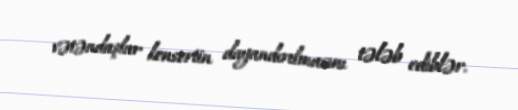
vətəndaşlar konsertin dayandırılmasını tələb ediblər.